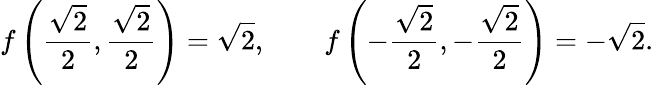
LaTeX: f\left({\frac{\sqrt{2}}{2}},{\frac{\sqrt{2}}{2}}\right)={\sqrt{2}},\qquad f\left(-{\frac{\sqrt{2}}{2}},-{\frac{\sqrt{2}}{2}}\right)=-{\sqrt{2}}.